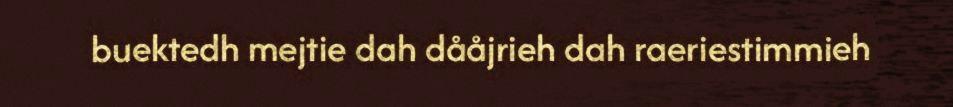
buektedh mejtie dah dååjrieh dah raeriestimmieh